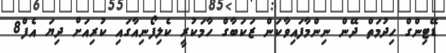
ޑޭޓިންގް ހިދުމަތް ދޭން ނިންމާފައިވާކަން ޒަކަބާގް ހާމަކުރީ ކެލިފޯނިއާގައި ކުރިއަށް ދިޔަ އެފް8